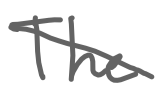
Text: The
Cross-out: diagonal
Writing tool: digital_gray